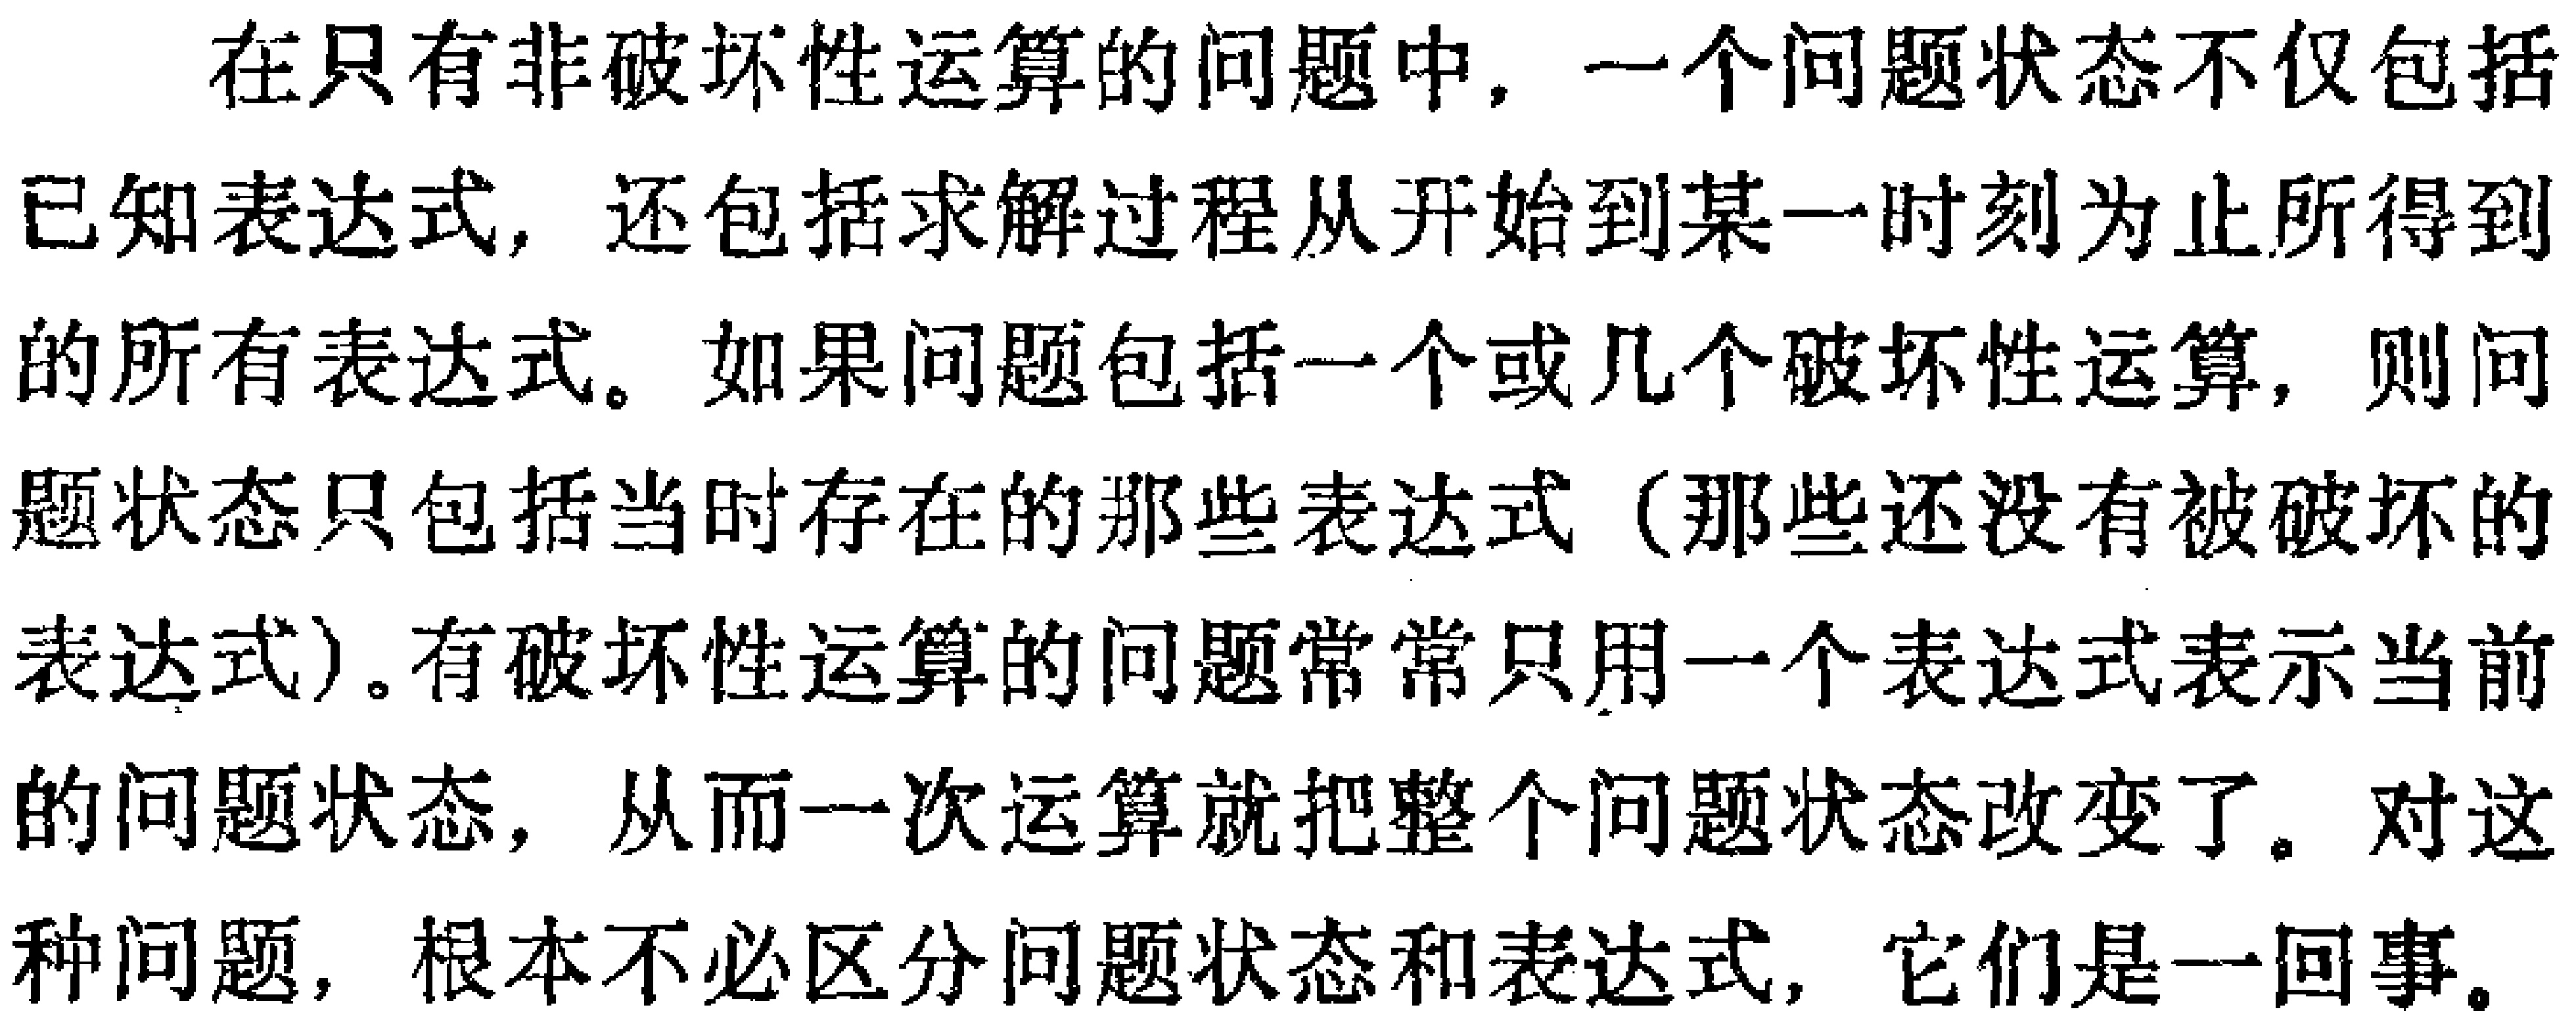
在只有非破坏性运算的问题中，一个问题状态不仅包括已知表达式，还包括求解过程从开始到某一时刻为止所得到的所有表达式。如果问题包括一个或几个破坏性运算，则问题状态只包括当时存在的那些表达式（那些还没有被破坏的表达式）。有破坏性运算的问题常常只用一个表达式表示当前的问题状态，从而一次运算就把整个问题状态改变了。对这种问题，根本不必区分问题状态和表达式，它们是一回事。